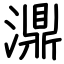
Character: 濎